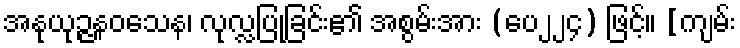
အနုယုဉ္ဇနဝသေန၊ လုလ္လပြုခြင်း၏ အစွမ်းအား (ပေ၂၂၄) ဖြင့်။ [ကျမ်း